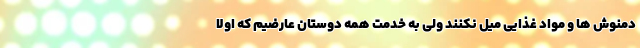
دمنوش ها و مواد غذایی میل نکنند ولی به خدمت همه دوستان عارضیم که اولاً